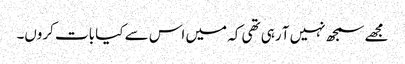
مجھے سمجھ نہیں آ رہی تھی کہ میں اس سے کیا بات کروں۔